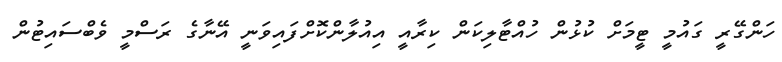
ހަންގޭރީ ގައުމީ ޓީމަށް ކުޅުން ހުއްޓާލިކަން ކިރާއީ އިއުލާންކޮށްފައިވަނީ އޭނާގެ ރަސްމީ ވެބްސައިޓުން